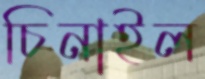
চিনাইল